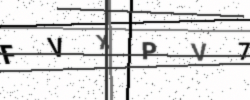
Text: FVXPV7